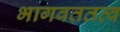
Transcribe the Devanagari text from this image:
भागवततत्व